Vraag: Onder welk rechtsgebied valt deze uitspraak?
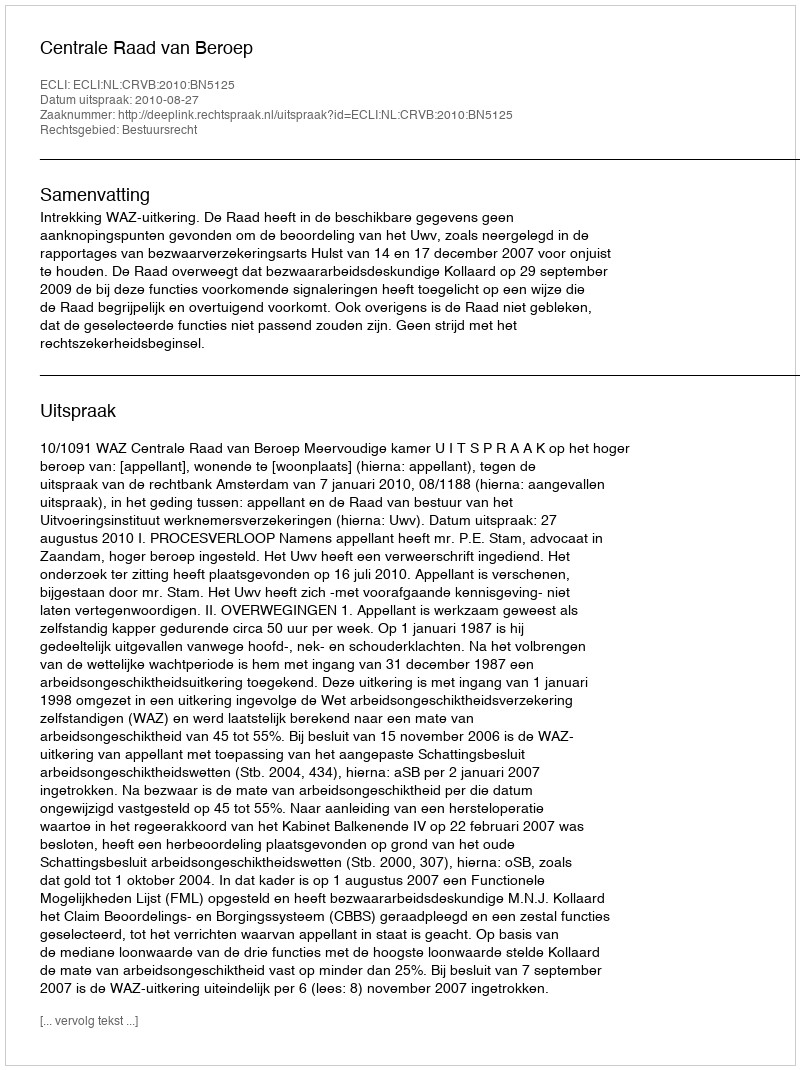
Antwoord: Bestuursrecht